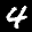
Label: 4